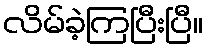
လိမ်ခဲ့ကြပြီးပြီ။